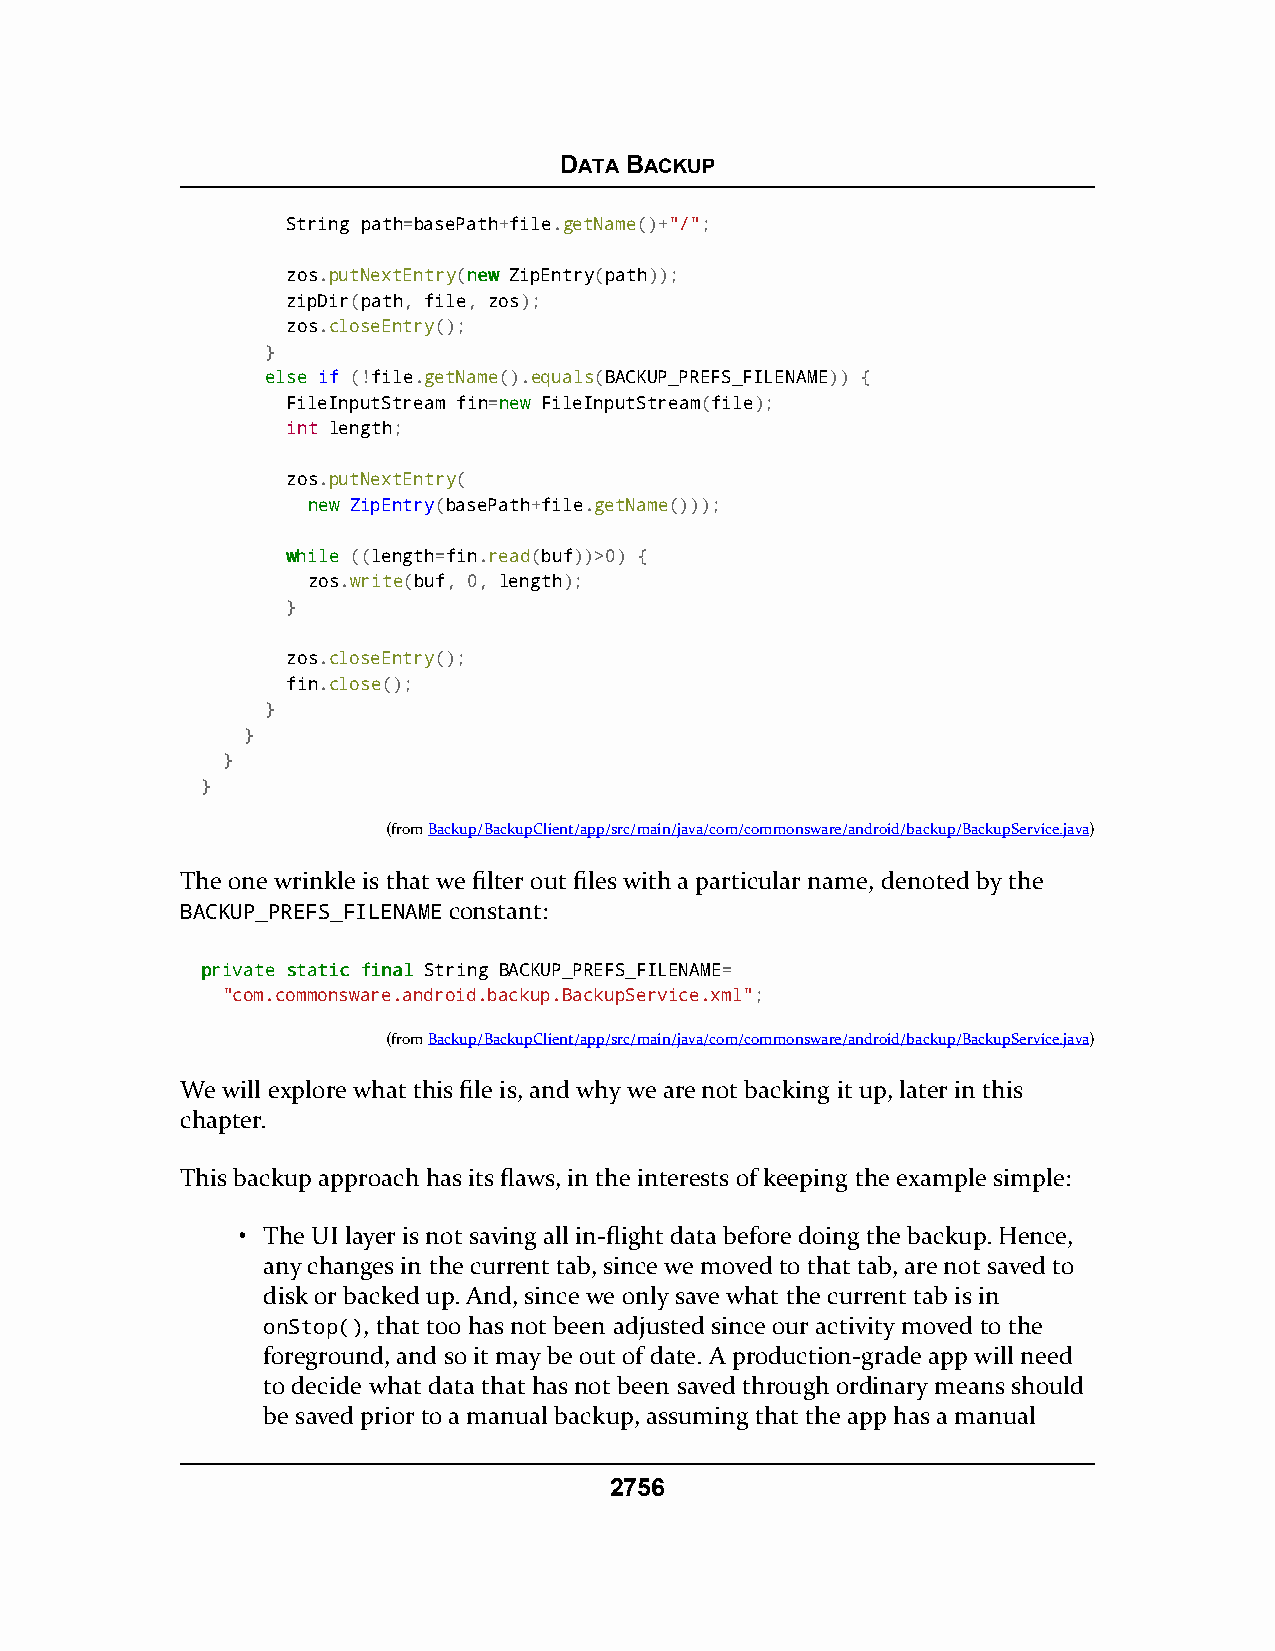
DATA BACKUP
 String path=basePath+file.getName()+"/";
 zos.putNextEntry(nneeww ZipEntry(path));
 zipDir(path, file, zos);
 zos.closeEntry();
 }
 eellssee if (!file.getName().equals(BACKUP_PREFS_FILENAME)) {
 FileInputStream fin=nneeww FileInputStream(file);
 int length;
 zos.putNextEntry(
 nneeww ZipEntry(basePath+file.getName()));
 wwhhiillee ((length=fin.read(buf))>0) {
 zos.write(buf, 0, length);
 }
 zos.closeEntry();
 fin.close();
 }
 }
 }
 }
 (fromBackup/BackupClient/app/src/main/java/com/commonsware/android/backup/BackupService.java)
 The one wrinkle is that we filter out files with a particular name, denoted by the
 BACKUP_PREFS_FILENAME constant:
 pprriivvaattee ssttaattiicc ffiinnaall String BACKUP_PREFS_FILENAME=
 "com.commonsware.android.backup.BackupService.xml";
 (fromBackup/BackupClient/app/src/main/java/com/commonsware/android/backup/BackupService.java)
 We will explore what this file is, and why we are not backing it up, later in this
 chapter.
 This backup approach has its flaws, in the interests of keeping the example simple:
 • The UI layer is not saving all in-flight data before doing the backup. Hence,
 any changes in the current tab, since we moved to that tab, are not saved to
 disk or backed up. And, since we only save what the current tab is in
 onStop(), that too has not been adjusted since our activity moved to the
 foreground, and so it may be out of date. A production-grade app will need
 to decide what data that has not been saved through ordinary means should
 be saved prior to a manual backup, assuming that the app has a manual
 2756